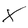
Character: X